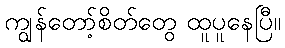
ကျွန်တော့်စိတ်တွေ ထူပူနေပြီ။